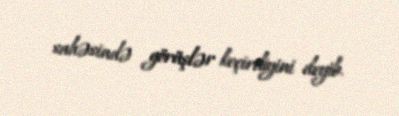
sahəsində görüşlər keçirdiyini deyib.